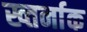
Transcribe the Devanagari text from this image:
ख्तर्नाक